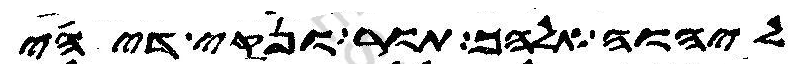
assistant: ליהוה אלהך תור ונקי דיהי